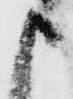
申